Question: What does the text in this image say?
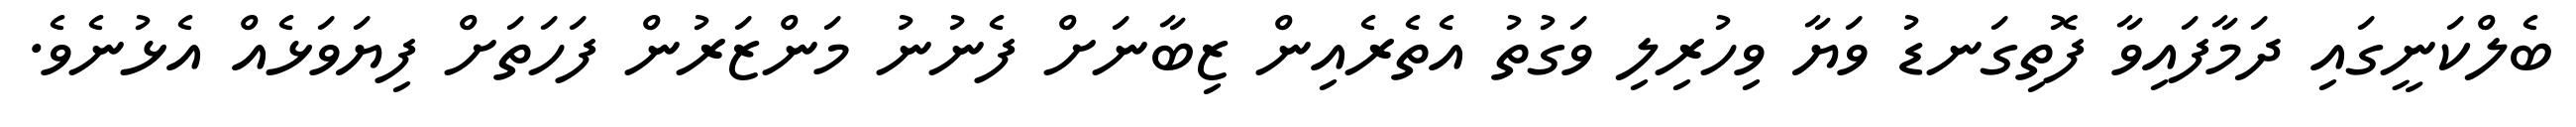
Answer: ބެލްކަނީގައި ދަމާފައިވާ ފޮތިގަނޑު ވަޔާ ވިހުރިލި ވަގުތު އެތެރެއިން ޒިބާނަށް ފެނުނު މަންޒަރުން ފަހަތަށް ފިޔަވަޅެއް އެޅުނެވެ.